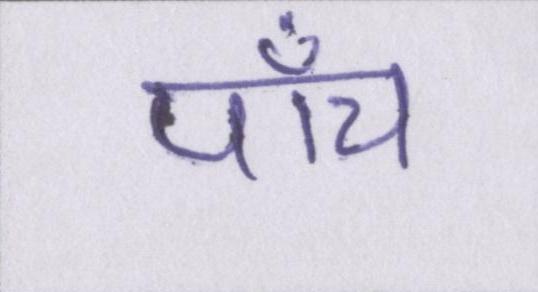
पाँच